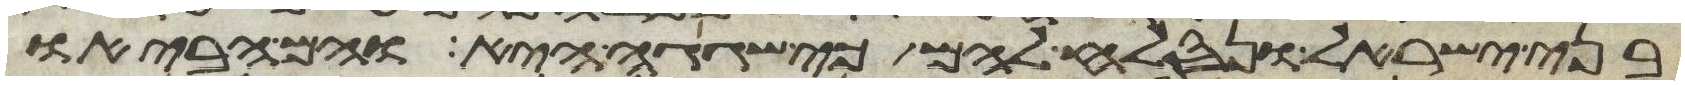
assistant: בני ישראל ונסלח להם כי שגגה היא והם הביאו